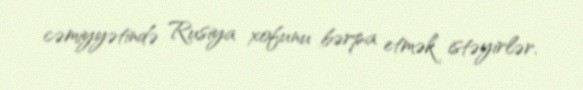
cəmiyyətində Rusiya xofunu bərpa etmək istəyirlər.